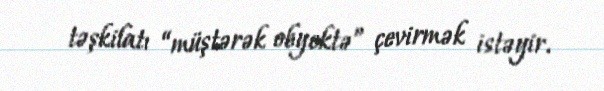
təşkilatı “müştərək obyektə” çevirmək istəyir.